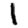
Digit: 1